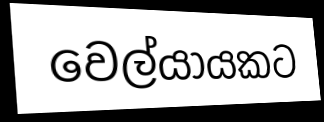
වෙල්යායකට